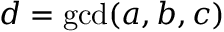
d = \operatorname* { g c d } ( a , b , c )